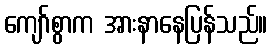
ကျော်စွာက အားနာနေပြန်သည်။